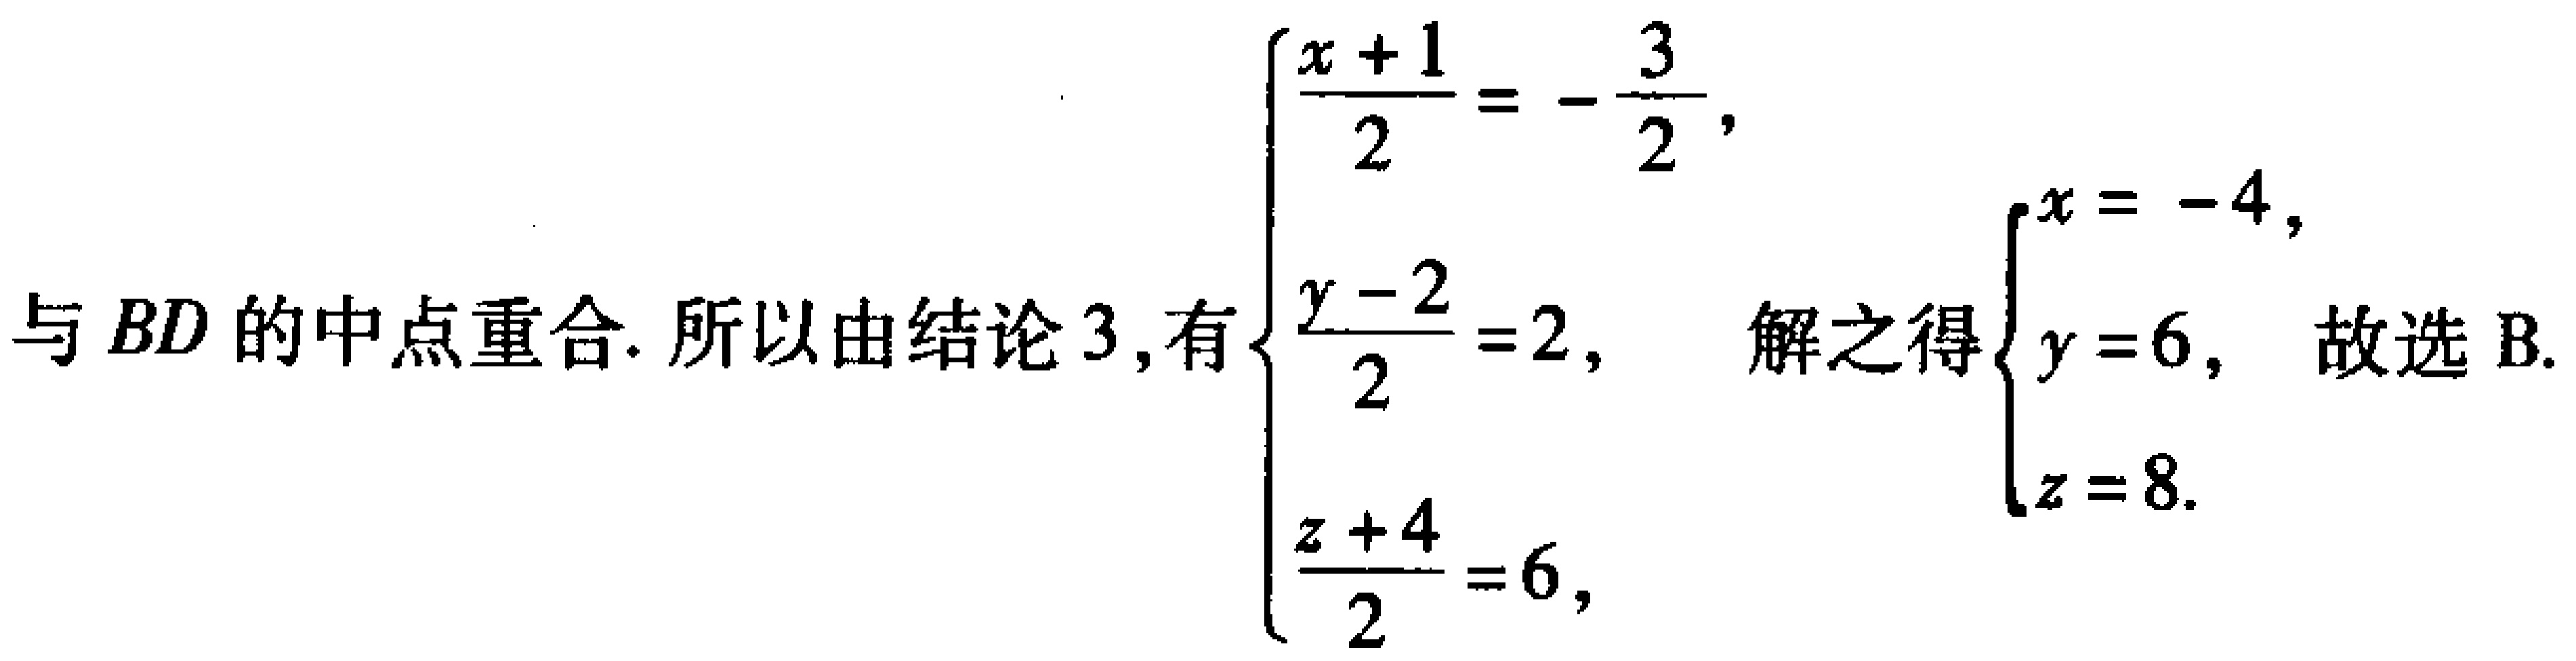
与 \(BD\) 的中点重合. 所以由结论 3, 有\(\begin{cases}\dfrac{x + 1}{2}=-\dfrac{3}{2},\\\dfrac{y - 2}{2}=2,\\\dfrac{z + 4}{2}=6,\end{cases}\) 解之得\(\begin{cases}x = - 4,\\y = 6,\\z = 8.\end{cases}\) 故选 B.